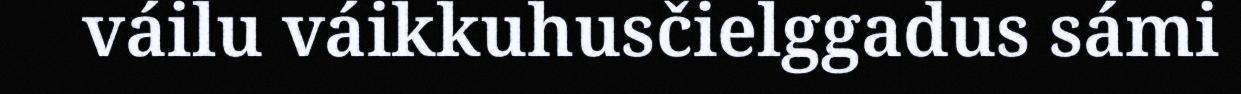
váilu váikkuhusčielggadus sámi